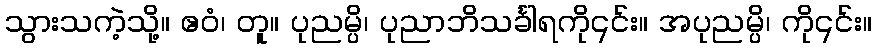
သွားသကဲ့သို့။ ဧဝံ၊ တူ။ ပုညမ္ပိ၊ ပုညာဘိသင်္ခါရကို၎င်း။ အပုညမ္ပိ၊ ကို၎င်း။